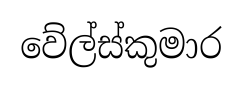
වේල්ස්කුමාර